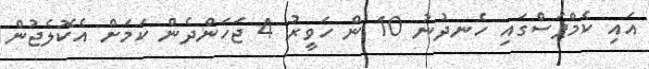
އައި ކެމްޕަސްގައި ހެނދުނު 10 ން ހަވީރު 4 ޖަހަންދެން ކަމަށް އެކޮލެޖުން